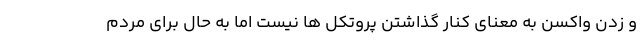
و زدن واکسن به معنای کنار گذاشتن پروتکل ها نیست اما به حال برای مردم